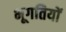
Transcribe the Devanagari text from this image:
भूगतियों